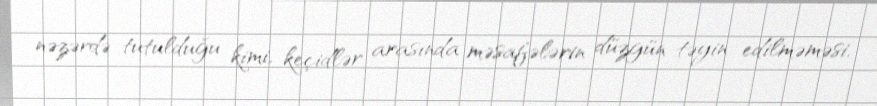
nəzərdə tutulduğu kimi, keçidlər arasında məsafələrin düzgün təyin edilməməsi,